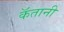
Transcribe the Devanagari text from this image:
कॅतानी